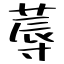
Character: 蓐